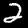
Label: 2